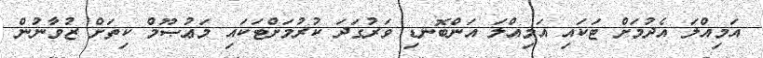
އަމިއްލަ އެދުމަށް ޓަކައި އަމިއްލަ އަންބޮނޑި ވަރުގަދަ ކުރުމަށްޓަކައި މަޢުޞޫމް ކިތަށް ޒުވާނުން